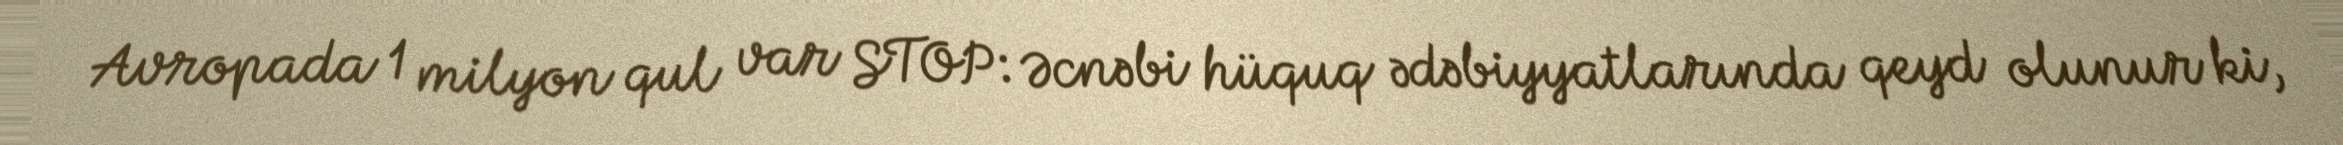
Avropada 1 milyon qul var STOP: Əcnəbi hüquq ədəbiyyatlarında qeyd olunur ki,